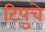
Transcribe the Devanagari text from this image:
टिपुचे